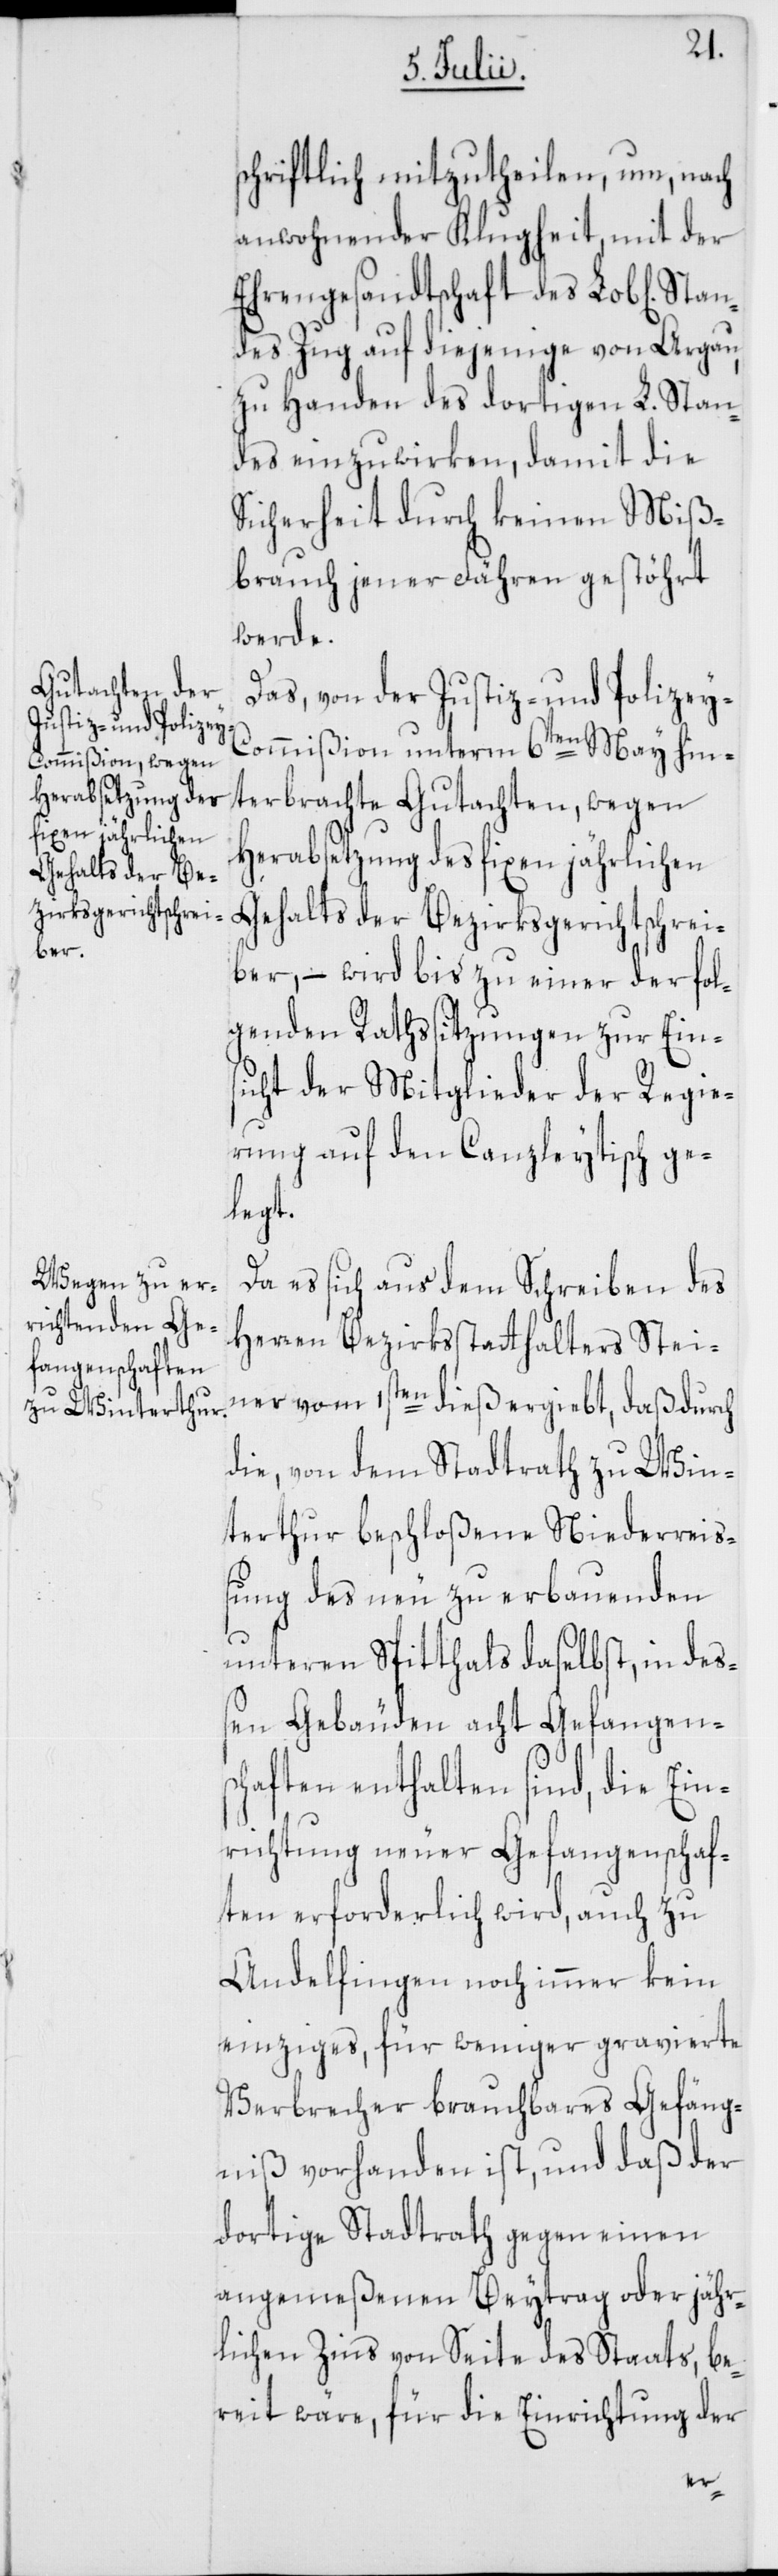
Stan¬
schriftlich mitzutheilen, um, nach
anwohnender Klugheit, mit der
Ehrengesandtschaft des Lob[lichen]
des Zug auf diejenige von Argau,
zu Handen des dortigen L. Stan¬
des einzuwirken, damit die
Sicherheit durch keinen Miß¬
brauch jener Fähren gestöhrt
werde.
Das, von der Justiz- und Polizey-C¬
ommißion unterm 6ten May hin¬
terbrachte Gutachten, wegen
Herabsetzung des fixen jährlichen
Gehalts der Bezirksgerichtschrei¬
ber, – wird bis zu einer der fol¬
genden Rathssitzungen zur Ein¬
sicht der Mitglieder der Regie¬
rung auf den Canzleytisch ge¬
legt.
Da es sich aus dem Schreiben des
Herren Bezirksstatthalters Stei¬
ner vom 1sten dieß ergiebt, daß durch
die, von dem Stadtrath zu Win¬
terthur beschloßene Niederrei¬
ßung des neu zu erbauenden
unteren Spitthals daselbst, in deß¬
en Gebäuden acht Gefangens¬
chaften enthalten sind, die Ein¬
richtung neuer Gefangenschaf¬
ten erforderlich wird, auch zu
Andelfingen noch immer kein
einziges, für weniger gravierte
Verbrecher brauchbares Gefäng¬
niß vorhanden ist, und daß der
dortige Stadtrath gegen einen
angemeßenen Beytrag oder jähr¬
lichen Zins von Seite des Staats, be¬
reit wäre, für die Einrichtung der